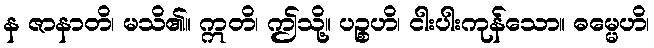
န ဇာနာတိ၊ မသိ၏။ ဣတိ၊ ဤသို့။ ပဉ္စဟိ၊ ငါးပါးကုန်သော။ ဓမ္မေဟိ၊